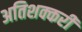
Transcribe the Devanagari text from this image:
अतिशक्करी